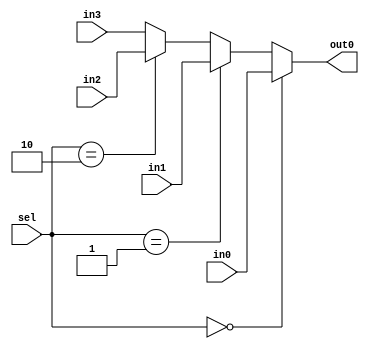
`timescale 1ns / 1ps
//////////////////////////////////////////////////////////////////////////////////
// Company: 
// Engineer: 
// 
// Design Name: 
// Module Name: MUX4
// Project Name: 
// Target Devices: 
// Tool Versions: 
// Description: 
// 
// Dependencies: 
// 
// Revision:
// Revision 0.01 - File Created
// Additional Comments:
// 
//////////////////////////////////////////////////////////////////////////////////


module MUX4(

    input [7:0] in0,
    input [7:0] in1,
    input [7:0] in2,
    input [7:0] in3,
    input [1:0] sel,
    output [7:0] out0

    );
    
    assign out0 = (sel == 0) ? in0 :
                    (sel == 1) ? in1 :
                       (sel == 2) ? in2 : in3;
    
    
    
endmodule